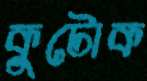
কুটোক